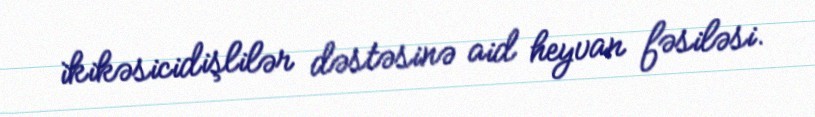
i̇kikəsicidişlilər dəstəsinə aid heyvan fəsiləsi.